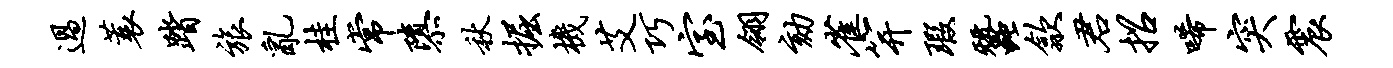
过蓑踏旅乱桂常隳秋掘机艾巧室翎劾雀笄瑕蚕歙君招唏突震